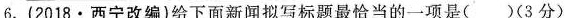
6. (2018 · 西宁改编)给下面新闻拟写标题最恰当的一项是( )(3分)